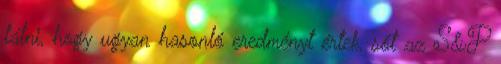
látni, hogy ugyan hasonló eredményt értek, sőt az S&P